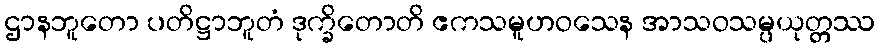
ဌာနဘူတော ပတိဋ္ဌာဘူတံ ဒုက္ခိတောတိ ဧကသမူဟဝသေန အာသဝသမ္ပယုတ္တဿ